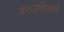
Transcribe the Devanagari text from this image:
काउन्सिलने